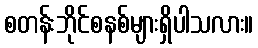
စတန်းဘိုင်စနစ်များရှိပါသလား။